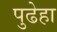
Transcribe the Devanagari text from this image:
पुढेहा